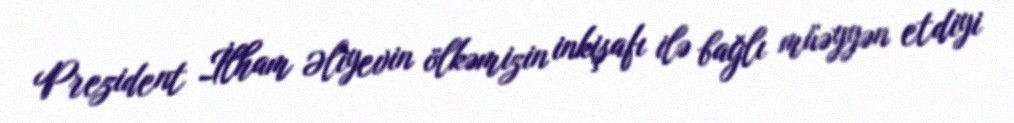
Prezident İlham Əliyevin ölkəmizin inkişafı ilə bağlı müəyyən etdiyi